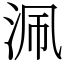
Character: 𣳽